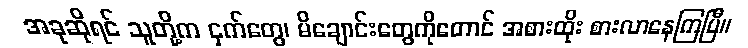
အခုဆိုရင် သူတို့က ငှက်တွေ၊ မိချောင်းတွေကိုတောင် အစားထိုး စားလာနေကြပြီ။